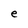
Character: e